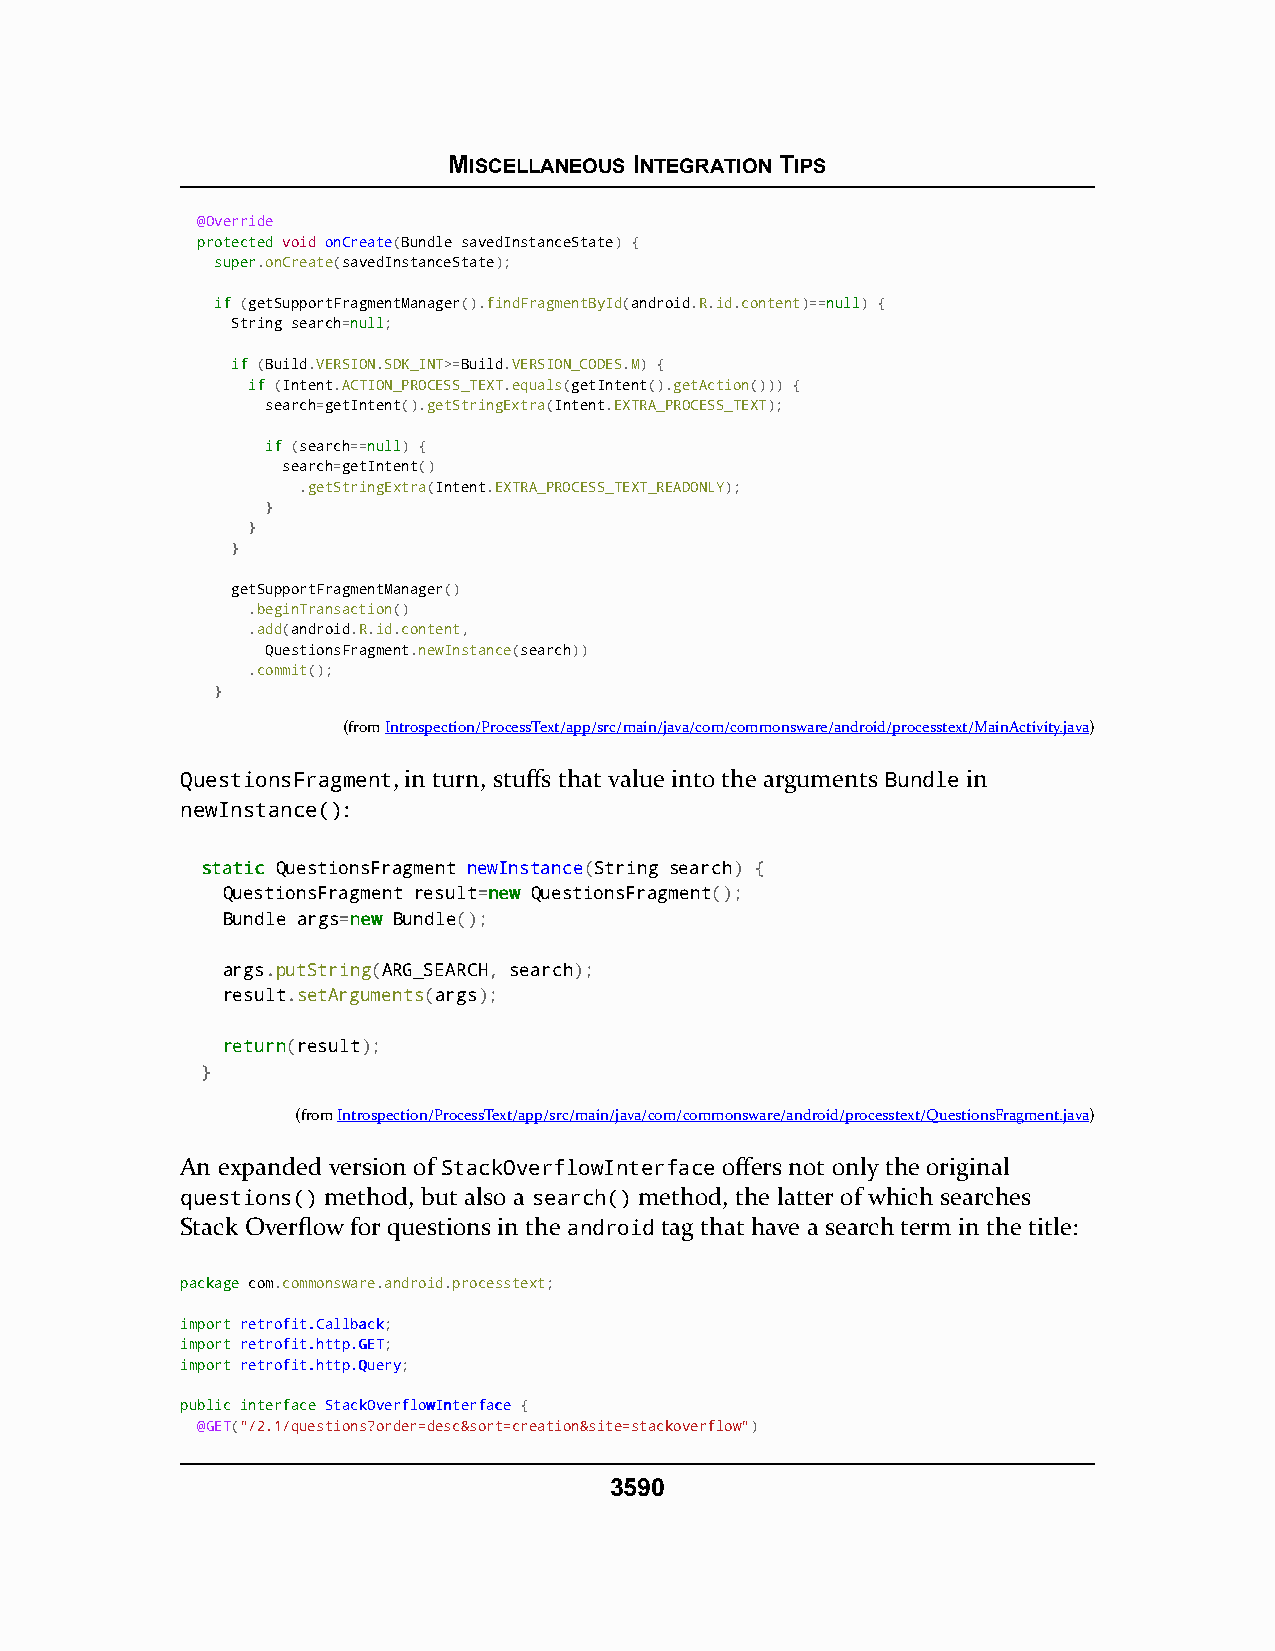
MISCELLANEOUS INTEGRATION TIPS
 @Override
 pprrootteecctteedd void onCreate(Bundle savedInstanceState) {
 ssuuppeerr.onCreate(savedInstanceState);
 iiff (getSupportFragmentManager().findFragmentById(android.R.id.content)==nnuullll) {
 String search=nnuullll;
 iiff (Build.VERSION.SDK_INT>=Build.VERSION_CODES.M) {
 iiff (Intent.ACTION_PROCESS_TEXT.equals(getIntent().getAction())) {
 search=getIntent().getStringExtra(Intent.EXTRA_PROCESS_TEXT);
 iiff (search==nnuullll) {
 search=getIntent()
 .getStringExtra(Intent.EXTRA_PROCESS_TEXT_READONLY);
 }
 }
 }
 getSupportFragmentManager()
 .beginTransaction()
 .add(android.R.id.content,
 QuestionsFragment.newInstance(search))
 .commit();
 }
 (fromIntrospection/ProcessText/app/src/main/java/com/commonsware/android/processtext/MainActivity.java)
 QuestionsFragment, in turn, stuffs that value into the arguments Bundle in
 newInstance():
 ssttaattiicc QuestionsFragment newInstance(String search) {
 QuestionsFragment result=nneeww QuestionsFragment();
 Bundle args=nneeww Bundle();
 args.putString(ARG_SEARCH, search);
 result.setArguments(args);
 rreettuurrnn(result);
 }
 (fromIntrospection/ProcessText/app/src/main/java/com/commonsware/android/processtext/QuestionsFragment.java)
 An expanded version of StackOverflowInterface offers not only the original
 questions() method, but also a search() method, the latter of which searches
 Stack Overflow for questions in the android tag that have a search term in the title:
 ppaacckkaaggee com.commonsware.android.processtext;
 iimmppoorrtt rreettrrooffiitt..CCaallllbbaacckk;
 iimmppoorrtt rreettrrooffiitt..hhttttpp..GGEETT;
 iimmppoorrtt rreettrrooffiitt..hhttttpp..QQuueerryy;
 ppuubblliicc iinntteerrffaaccee SSttaacckkOOvveerrfflloowwIInntteerrffaaccee {
 @GET("/2.1/questions?order=desc&sort=creation&site=stackoverflow")
 3590